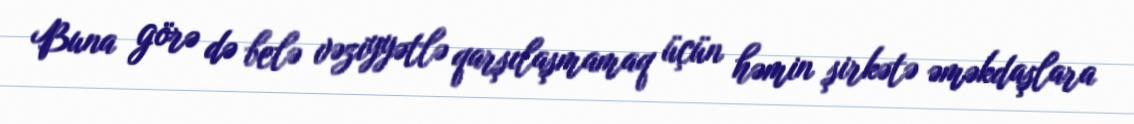
Buna görə də belə vəziyyətlə qarşılaşmamaq üçün həmin şirkətə əməkdaşlara